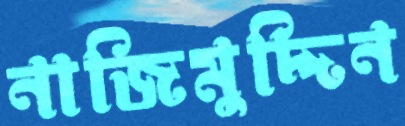
নাজিমুদ্দিন